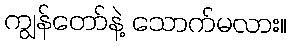
ကျွန်တော်နဲ့ သောက်မလား။